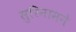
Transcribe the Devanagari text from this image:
सुरिनामने